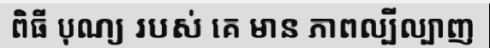
ពិធី បុណ្យ របស់ គេ មាន ភាពល្បីល្បាញ